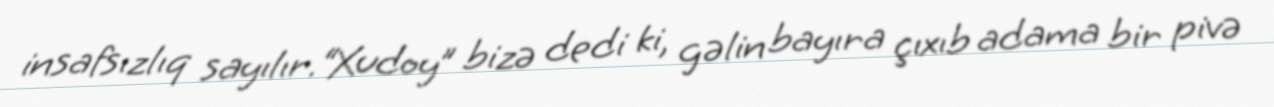
insafsızlıq sayılır.“Xudoy” bizə dedi ki, gəlin bayıra çıxıb adama bir pivə